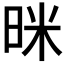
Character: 𭥻